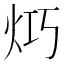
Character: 𤇤